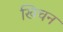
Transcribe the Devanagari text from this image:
खिचन